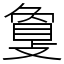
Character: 𢿌